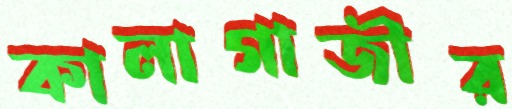
কালাগাজীর